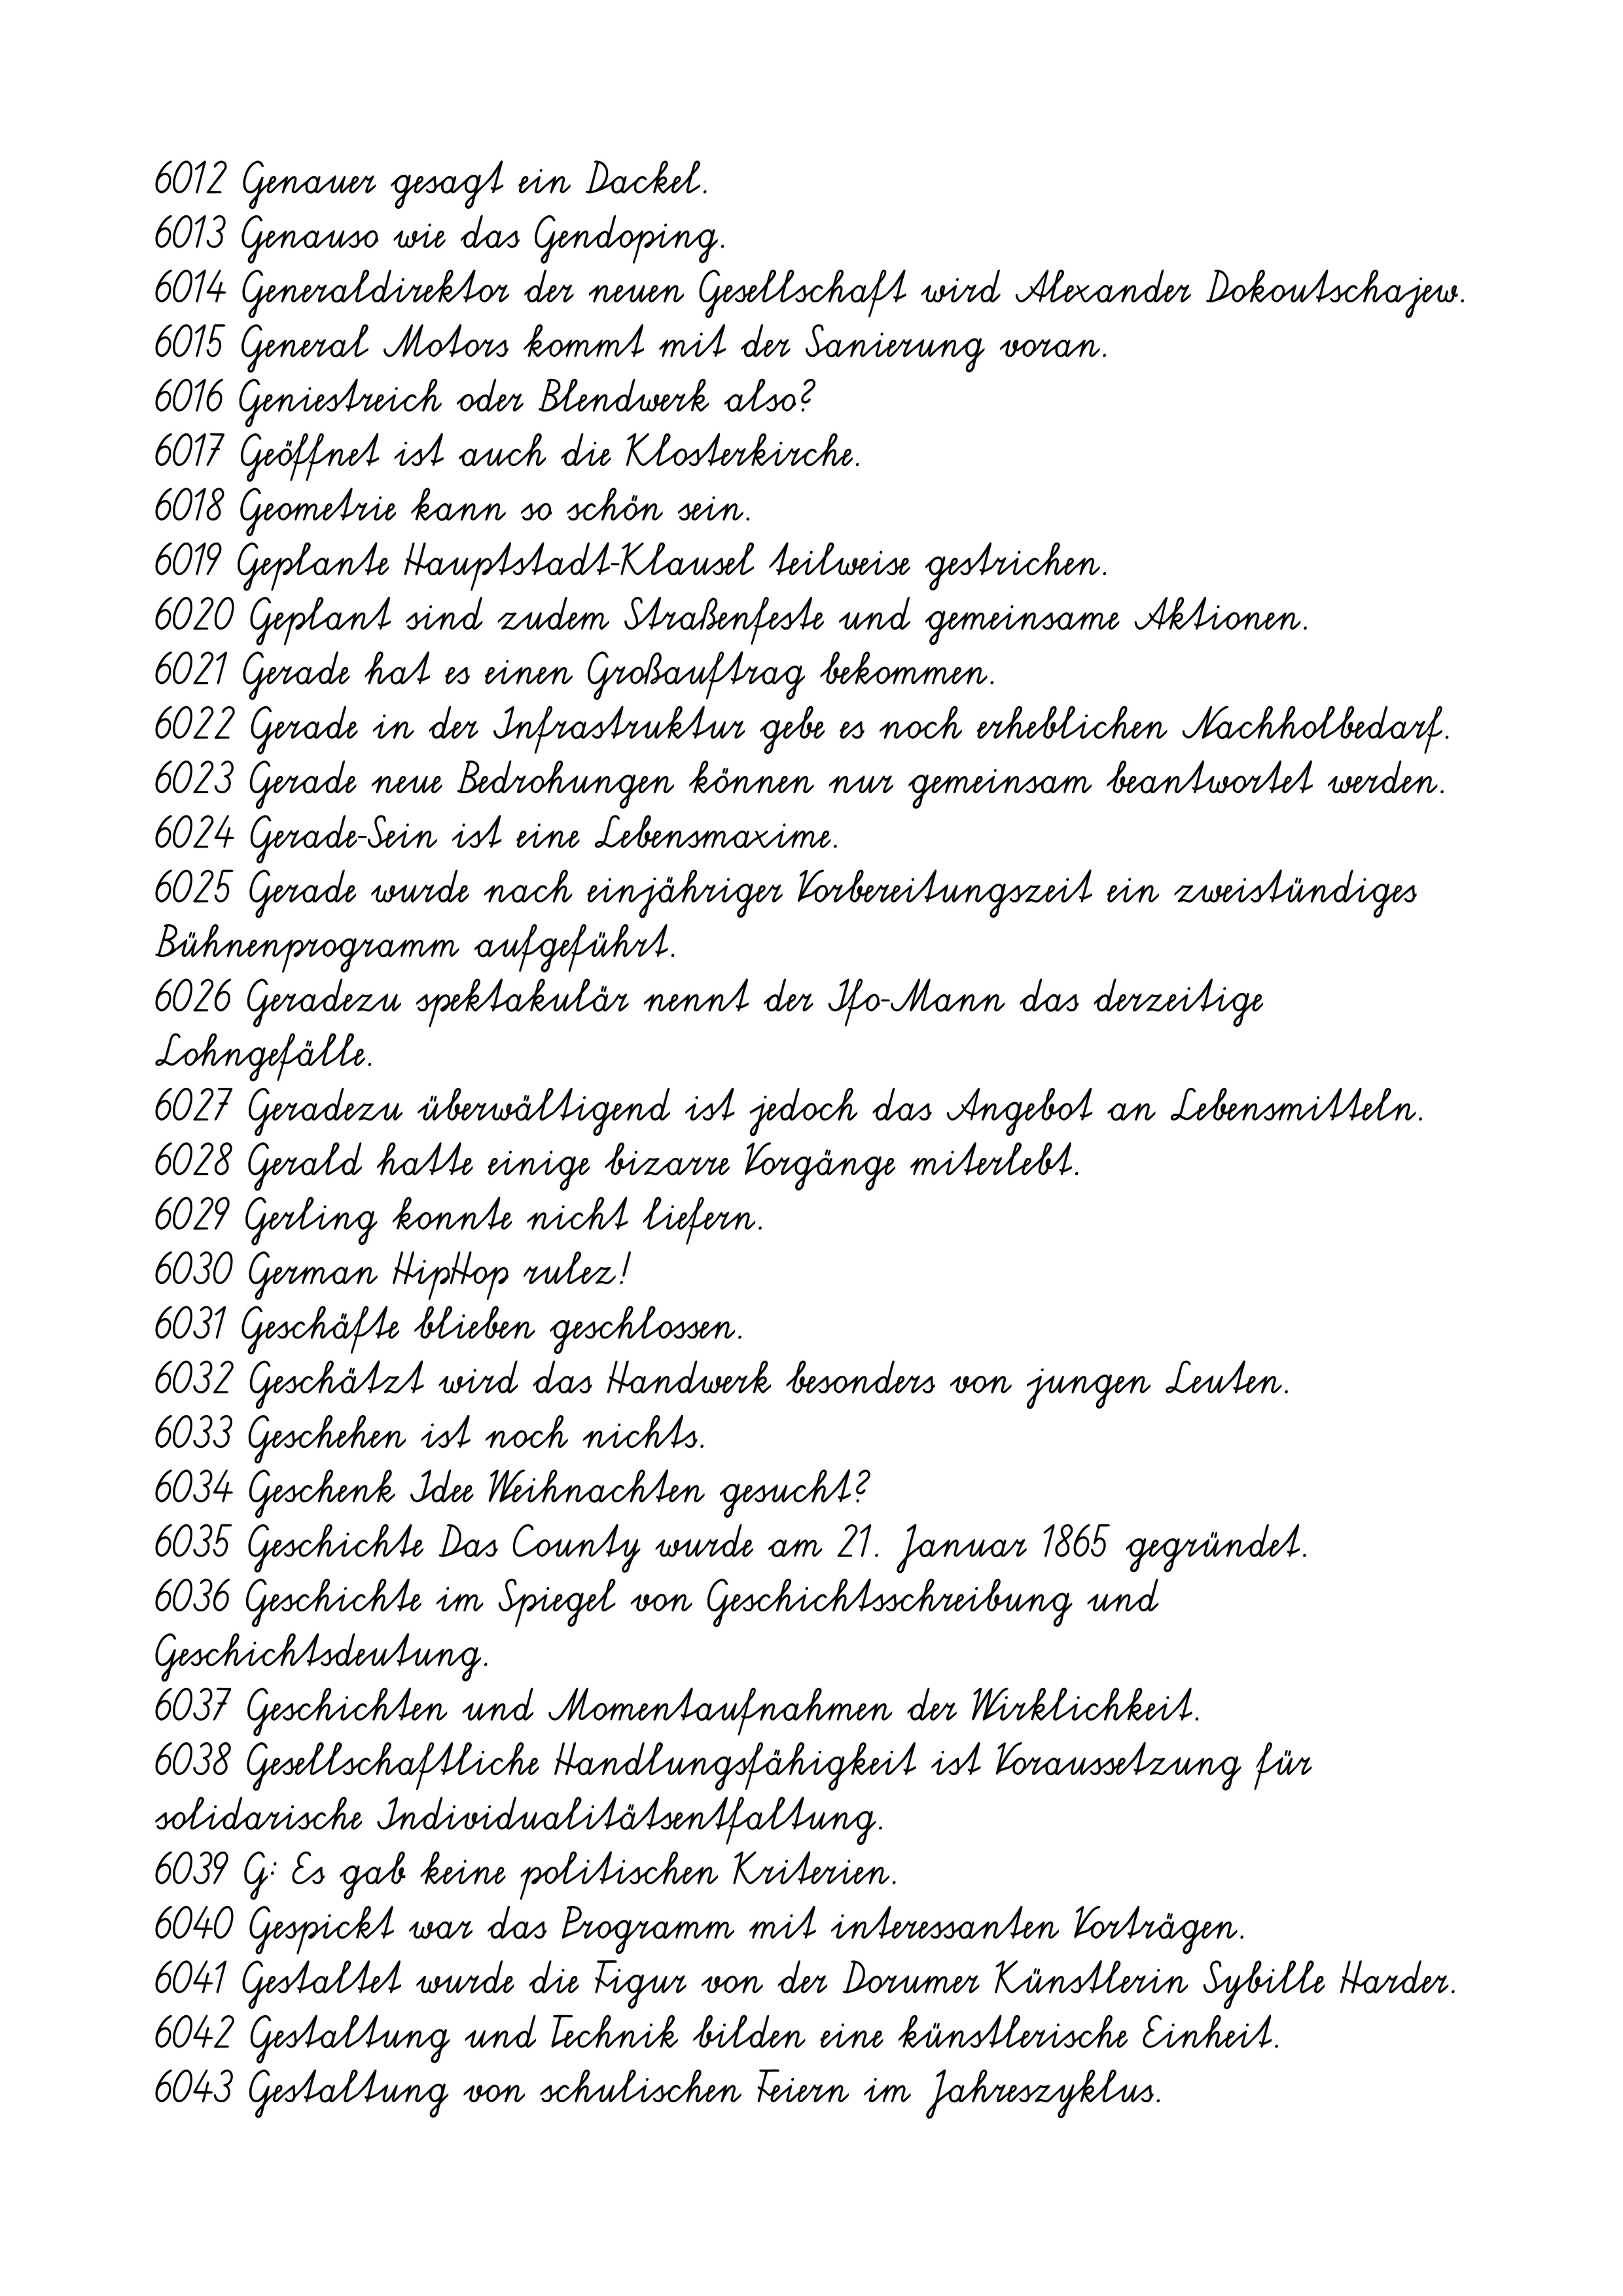
6012 Genauer gesagt ein Dackel.
6013 Genauso wie das Gendoping.
6014 Generaldirektor der neuen Gesellschaft wird Alexander Dokoutschajew.
6015 General Motors kommt mit der Sanierung voran.
6016 Geniestreich oder Blendwerk also?
6017 Geöffnet ist auch die Klosterkirche.
6018 Geometrie kann so schön sein.
6019 Geplante Hauptstadt-Klausel teilweise gestrichen.
6020 Geplant sind zudem Straßenfeste und gemeinsame Aktionen.
6021 Gerade hat es einen Großauftrag bekommen.
6022 Gerade in der Infrastruktur gebe es noch erheblichen Nachholbedarf.
6023 Gerade neue Bedrohungen können nur gemeinsam beantwortet werden.
6024 Gerade-Sein ist eine Lebensmaxime.
6025 Gerade wurde nach einjähriger Vorbereitungszeit ein zweistündiges
Bühnenprogramm aufgeführt.
6026 Geradezu spektakulär nennt der Ifo-Mann das derzeitige
Lohngefälle.
6027 Geradezu überwältigend ist jedoch das Angebot an Lebensmitteln.
6028 Gerald hatte einige bizarre Vorgänge miterlebt.
6029 Gerling konnte nicht liefern.
6030 German HipHop rulez!
6031 Geschäfte blieben geschlossen.
6032 Geschätzt wird das Handwerk besonders von jungen Leuten.
6033 Geschehen ist noch nichts.
6034 Geschenk Idee Weihnachten gesucht?
6035 Geschichte Das County wurde am 21. Januar 1865 gegründet.
6036 Geschichte im Spiegel von Geschichtsschreibung und
Geschichtsdeutung.
6037 Geschichten und Momentaufnahmen der Wirklichkeit.
6038 Gesellschaftliche Handlungsfähigkeit ist Voraussetzung für
solidarische Individualitätsentfaltung.
6039 G: Es gab keine politischen Kriterien.
6040 Gespickt war das Programm mit interessanten Vorträgen.
6041 Gestaltet wurde die Figur von der Dorumer Künstlerin Sybille Harder.
6042 Gestaltung und Technik bilden eine künstlerische Einheit.
6043 Gestaltung von schulischen Feiern im Jahreszyklus.